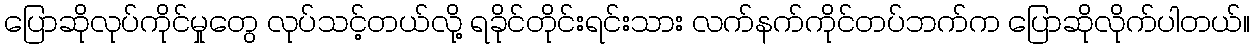
ပြောဆိုလုပ်ကိုင်မှုတွေ လုပ်သင့်တယ်လို့ ရခိုင်တိုင်းရင်းသား လက်နက်ကိုင်တပ်ဘက်က ပြောဆိုလိုက်ပါတယ်။